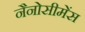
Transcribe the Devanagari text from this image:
नैनोसीमेंस